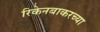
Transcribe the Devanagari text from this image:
रिकेनबाकरच्या